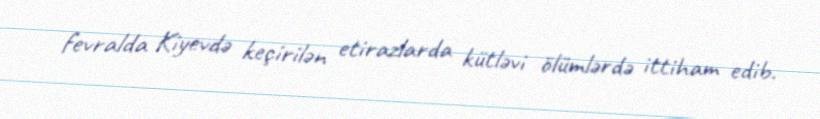
fevralda Kiyevdə keçirilən etirazlarda kütləvi ölümlərdə ittiham edib.